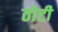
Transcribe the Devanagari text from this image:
ठोटी